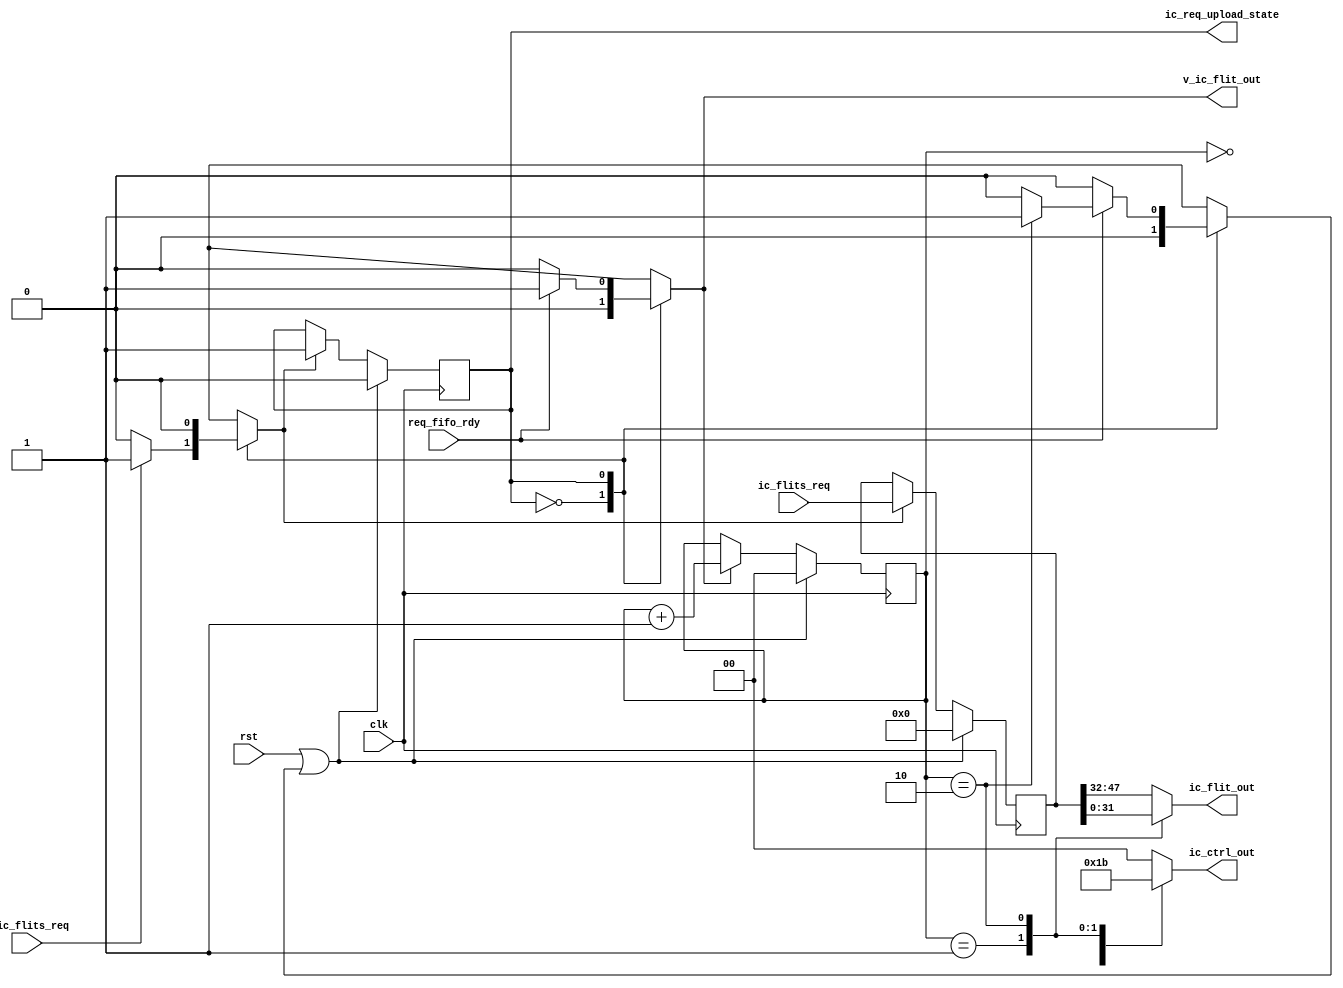
module    ic_req_upload(//input
                         clk,
                         rst,
                         ic_flits_req,
                         v_ic_flits_req,
                         req_fifo_rdy,
                         //output
                         ic_flit_out,
                         v_ic_flit_out,
								 ic_ctrl_out,
                         ic_req_upload_state
                         );
//input
input                         clk;
input                         rst;
input       [47:0]            ic_flits_req;
input                         v_ic_flits_req;
input                         req_fifo_rdy;
//output
output      [15:0]             ic_flit_out;
output                         v_ic_flit_out;
output      [1:0]              ic_ctrl_out;
output                         ic_req_upload_state;

//parameter 
parameter    ic_req_upload_idle=1'b0;
parameter    ic_req_upload_busy=1'b1;

//reg          ic_req_nstate; 
reg          ic_req_state;
reg  [47:0]  ic_req_flits;
reg  [1:0]   sel_cnt;
reg          v_ic_flit_out;
reg          fsm_rst;
reg          next;
reg          en_flits_in;
reg          inc_cnt;
assign ic_req_upload_state=ic_req_state;
always@(*)
begin
  //default value
 // ic_req_nstate=ic_req_state;
  v_ic_flit_out=1'b0;
  inc_cnt=1'b0;
  fsm_rst=1'b0;
  en_flits_in=1'b0;
  next=1'b0;
  
  case(ic_req_state)
    ic_req_upload_idle:
       begin
         if(v_ic_flits_req)
           begin
             en_flits_in=1'b1;
             next=1'b1;
           end
       end
    ic_req_upload_busy:
       begin
         if(req_fifo_rdy)
           begin
             if(sel_cnt==2'b10)
               fsm_rst=1'b1;
             inc_cnt=1'b1;
             v_ic_flit_out=1'b1;
           end
       end
    endcase
end

// fsm state
always@(posedge clk)
begin
  if(rst||fsm_rst)
    ic_req_state<=1'b0;
else if(next)
    ic_req_state<=1'b1;
end
// flits regs
always@(posedge clk)
begin
  if(rst||fsm_rst)
    ic_req_flits<=48'h0000;
  else if(en_flits_in)
    ic_req_flits<=ic_flits_req;
end

reg  [15:0]  ic_flit_out;
reg  [1:0]   ic_ctrl_out;

always@(*)
begin
  case(sel_cnt)
    2'b00:
	   begin
	     ic_flit_out=ic_req_flits[47:32];
	     ic_ctrl_out=2'b01;
	   end
    2'b01:
	   begin
	     ic_flit_out=ic_req_flits[31:16];
		  ic_ctrl_out=2'b10;
		end
    2'b10:
	   begin
	     ic_flit_out=ic_req_flits[15:0];
		  ic_ctrl_out=2'b11;
		end
    default:
	   begin
	     ic_flit_out=ic_req_flits[47:32];
		  ic_ctrl_out=2'b00;
	   end
  endcase
end

///sel_counter
always@(posedge clk)
begin
  if(rst||fsm_rst)
    sel_cnt<=2'b00;
  else if(inc_cnt)
    sel_cnt<=sel_cnt+2'b01;
end

endmodule